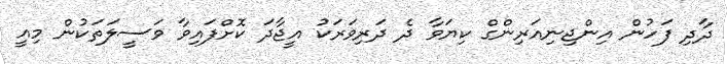
ދާދި ފަހުން އިންޖިނިއަރިންގް ކިޔަވާ ދެ ދަރިވަރަކު އީޖާދަ ކޮށްފައިވާ ވަސީލަތަކުން މިއީ